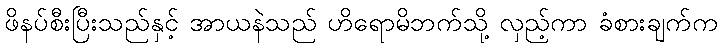
ဖိနပ်စီးပြီးသည်နှင့် အာယနဲသည် ဟိရောမိဘက်သို့ လှည့်ကာ ခံစားချက်က